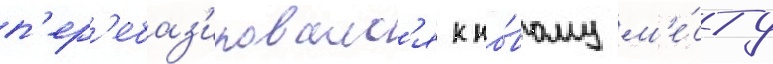
п'ер'ебаз'ировалс'я к но́вому м'е́сту